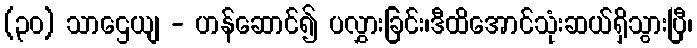
(၃၀) သာဌေယျ - ဟန်ဆောင်၍ ပလွှားခြင်း၊ဒီထိအောင်သုံးဆယ်ရှိသွားပြီ၊